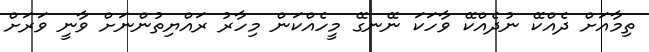
ތިމާއަށް ދެއްކޭ ނުދެއްކޭ ވާހަކަ ނޭނގޭ މީހެއްކަން މިހާރު ރައްޔިތުންނަށް ވާނީ ވަރަށް